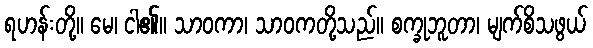
ရဟန်းတို့။ မေ၊ ငါ၏။ သာဝကာ၊ သာဝကတို့သည်။ စက္ခုဘူတာ၊ မျက်စိသဖွယ်